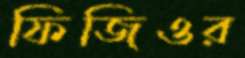
ফিজিওর